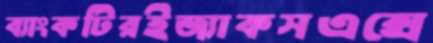
ব্যাংকটিরইজ্যাকসএক্সে